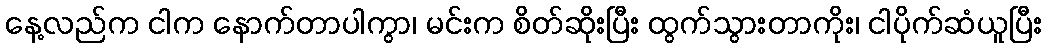
နေ့လည်က ငါက နောက်တာပါကွာ၊ မင်းက စိတ်ဆိုးပြီး ထွက်သွားတာကိုး၊ ငါပိုက်ဆံယူပြီး